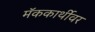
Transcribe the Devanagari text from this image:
मॅककार्थीवर